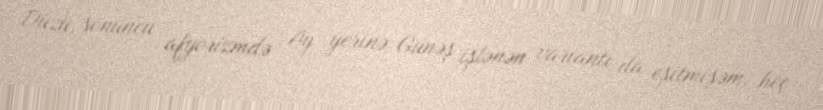
Düzü, sonuncu afyorizmdə Ay yerinə Günəş işlənən variantı da eşitmişəm, heç